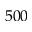
5 0 0